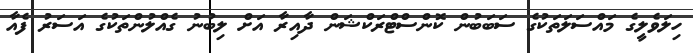
ހިލަވެލީގެ މައްސަލަތަކުގެ ސަބަބުން ކޮންސްޓްރަކްޝަން ދާއިރާ އަށް ލިބުނު ގެއްލުންތަކުގެ އަސަރު ފެއާ